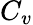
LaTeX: C_{v}